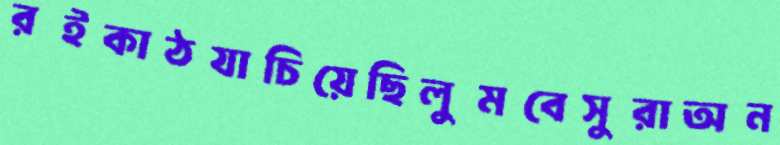
রইকাঠযাচিয়েছিলুমবেসুরাঅন